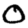
Digit: 0